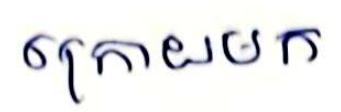
ក្រោយមក